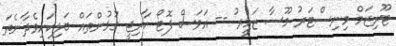
ޓޫރިޒަމް މިނިސްޓަރު މޫސާ ޒަމީރު -- އަވަސް ފޮޓޯ ހާރިޖީ ގުޅުންތައް ބަލިކަށިވެދާނެތަ